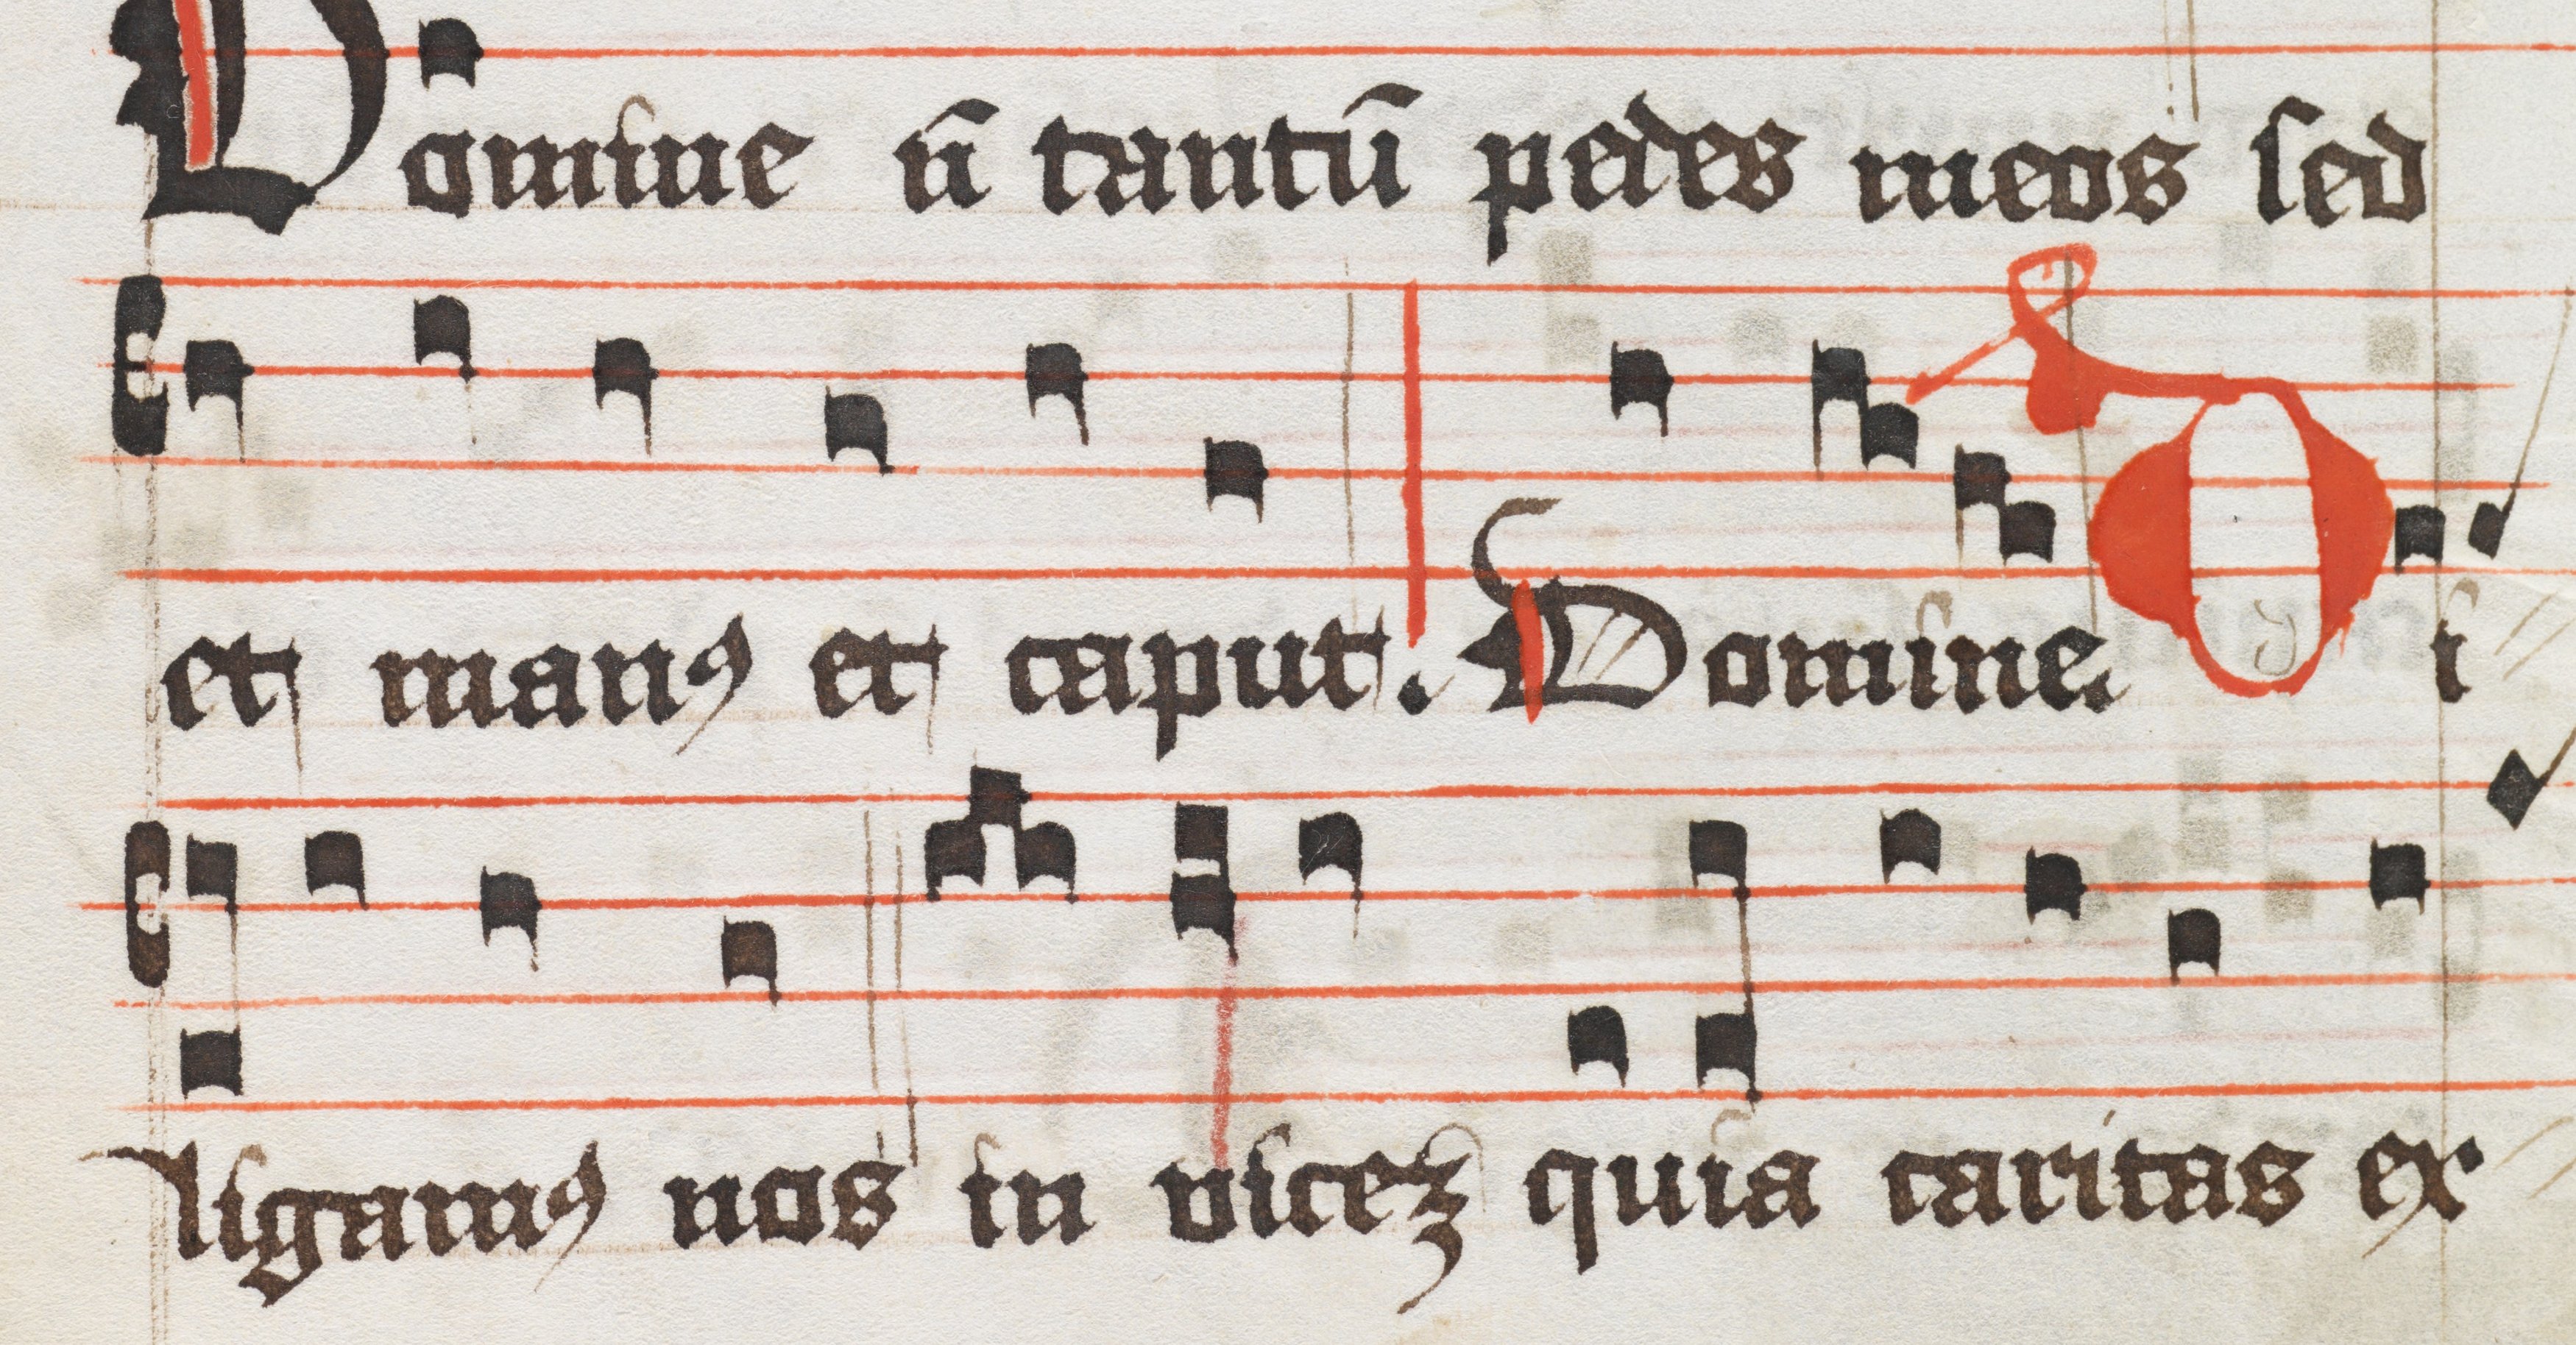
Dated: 1400–1499